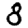
Digit: 8